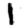
Digit: 1